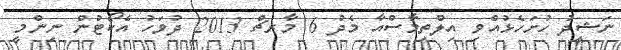
ނަޝީދު ހުށަހެޅުއްވި އިލްތިމާސްއާ މެދު 6 މާރޗް 2013 ދުވަހު އެކޯޓުން ނިންމީ